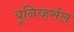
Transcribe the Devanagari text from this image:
यूनिव्हर्सल